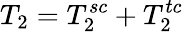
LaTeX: T_{2}=T_{2}^{sc}+T_{2}^{tc}